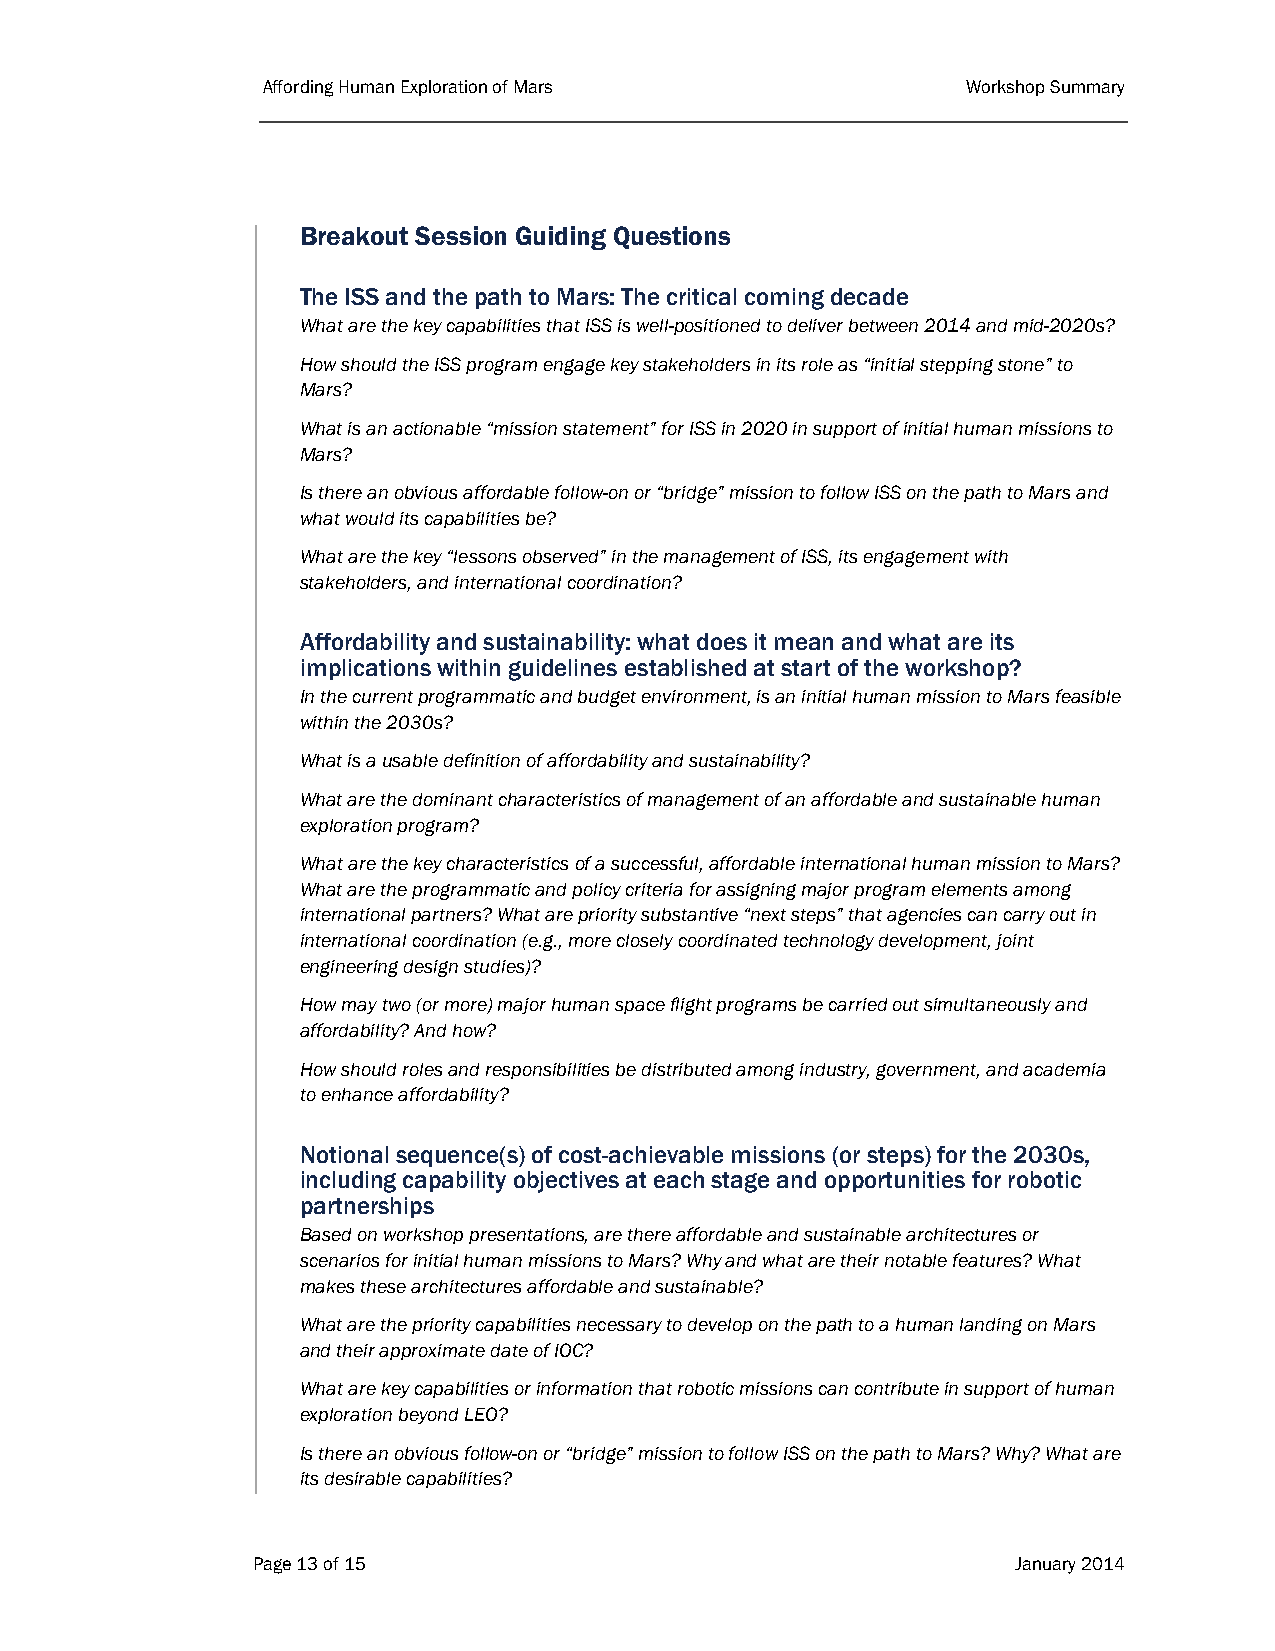
Affording Human Exploration of Mars            Workshop Summary
 Breakout Session Guiding Questions
 The ISS and the path to Mars: The critical coming decade
 What are the key capabilities that ISS is well-positioned to deliver between 2014 and mid-2020s?
 How should the ISS program engage key stakeholders in its role as “initial stepping stone” to
 Mars?
 What is an actionable “mission statement” for ISS in 2020 in support of initial human missions to
 Mars?
 Is there an obvious affordable follow-on or “bridge” mission to follow ISS on the path to Mars and
 what would its capabilities be?
 What are the key “lessons observed” in the management of ISS, its engagement with
 stakeholders, and international coordination?
 Affordability and sustainability: what does it mean and what are its
 implications within guidelines established at start of the workshop?
 In the current programmatic and budget environment, is an initial human mission to Mars feasible
 within the 2030s?
 What is a usable definition of affordability and sustainability?
 What are the dominant characteristics of management of an affordable and sustainable human
 exploration program?
 What are the key characteristics of a successful, affordable international human mission to Mars?
 What are the programmatic and policy criteria for assigning major program elements among
 international partners? What are priority substantive “next steps” that agencies can carry out in
 international coordination (e.g., more closely coordinated technology development, joint
 engineering design studies)?
 How may two (or more) major human space flight programs be carried out simultaneously and
 affordability? And how?
 How should roles and responsibilities be distributed among industry, government, and academia
 to enhance affordability?
 Notional sequence(s) of cost-achievable missions (or steps) for the 2030s,
 including capability objectives at each stage and opportunities for robotic
 partnerships
 Based on workshop presentations, are there affordable and sustainable architectures or
 scenarios for initial human missions to Mars? Why and what are their notable features? What
 makes these architectures affordable and sustainable?
 What are the priority capabilities necessary to develop on the path to a human landing on Mars
 and their approximate date of IOC?
 What are key capabilities or information that robotic missions can contribute in support of human
 exploration beyond LEO?
 Is there an obvious follow-on or “bridge” mission to follow ISS on the path to Mars? Why? What are
 its desirable capabilities?
 Page 13 of 15                                     January 2014